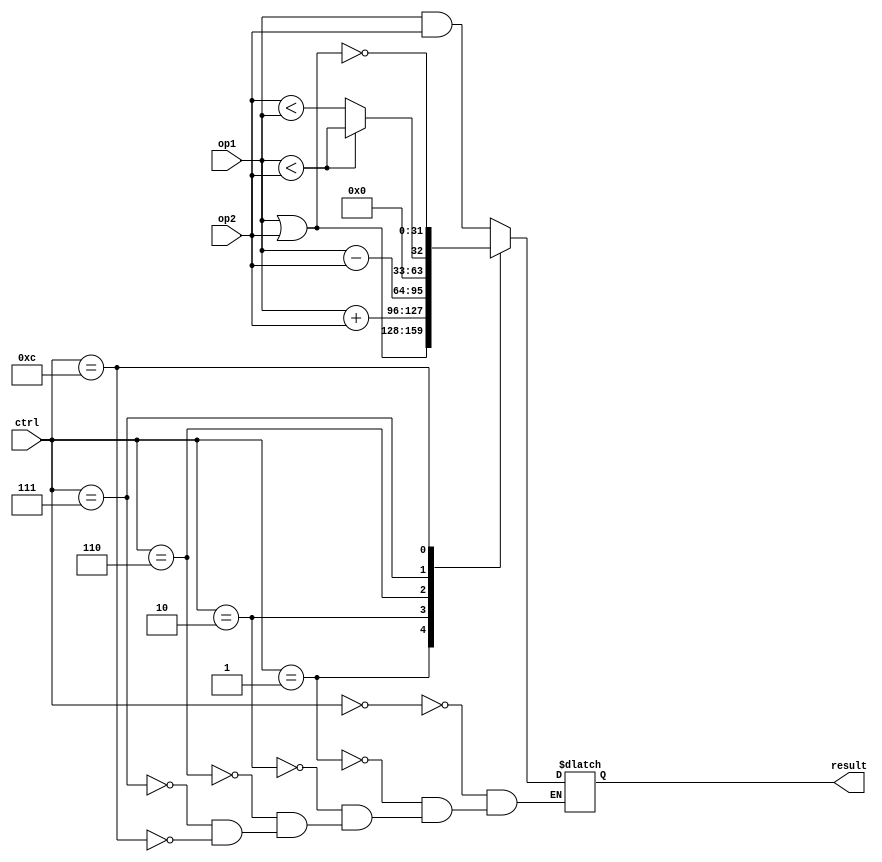
module alu(op1,op2,ctrl,result);

input [31:0] op1,op2;
input [3:0]  ctrl;
wire  [31:0] op1,op2;
wire  [3:0]  ctrl;
output[31:0] result;
reg   [31:0] result;

//

always@(op1 or op2 or ctrl)
begin

  case(ctrl)

  0: begin
		$display("and");
		result = op1 & op2;  // case 0 is for 0000 upcode for AND

	 end
  1: begin
		$display("or");
		result = op1 | op2;  // case 1 is for 0001 upcode for OR

	end
  2: begin
		$display("add");
		result = op1 + op2;  // case 2 is for 0010 upcode for add

	 end

  6: begin
		$display("subtract");
		result = op1 - op2;  // case 6 is for 0110 upcode for sub

	 end

  7:begin
		$display ("Set on Less Than");
		result = op1 < op2;  // case 7 is for 0111 upcode for slt
		if (!(op1<op2))
		result = op2 < op1;
	end

  12:begin
		$display ("NOR");
		result = ~(op1 | op2); // case 12 is for 1100 upcode for NOR
     end

  endcase

end

endmodule



module twotoonemux(input1,input2,sel,outputval);

input  [31:0] input1;
wire   [31:0] input1;
input  [31:0] input2;
wire   [31:0] input2;
input  		  sel;
wire   		  sel;
output [31:0] outputval;
wire   [31:0] outputval;

assign outputval = (sel) ? input1 : input2 ; // if not selecting input 1 then select input 2



endmodule

module registerfile(readReg1, readReg2, writeReg, writeData, regWrite, readData1, readData2 );

input [4:0]  readReg1;
wire  [4:0]  readReg1;
input [4:0]  readReg2;
wire  [4:0]  readReg2;
input [4:0]  writeReg;
wire  [4:0]  writeReg;
input [31:0] writeData;
wire  [31:0] writeData;
input		 regWrite;
wire         regWrite;
output[31:0] readData1;
reg  [31:0] readData1;
output[31:0] readData2;
reg  [31:0] readData2;

reg [31:0] registers [0:31]; // creating 32 registers of 32 bits

always @ (*)
     begin
	 readData1 = registers[readReg1];  // connect read data to the 32 registers of 32 bits
	 readData2 = registers[readReg2];  // and make them aware of the value of read registers
	 end
always @(posedge regWrite)
  registers[writeReg] <= writeData;

endmodule


module signextend(inputVal,outputVal);

input [15:0] inputVal;
wire  [15:0] inputVal;
output[31:0] outputVal;
wire  [31:0] outputVal;

assign outputVal = {{16{inputVal[15]}} , inputVal}; // 16 bit to 32 extension preserving the sign

endmodule


/*********************************************************************************************************************************************/

module test;

// initialize the ALU variables insude the testbench
reg [31:0] Op1, Op2;
reg [3:0] Ctrl;
wire [31:0] Result;

alu t_alu(Op1,Op2,Ctrl,Result);

// initialize the MUX in the testbench
reg [31:0] Input1,Input2;
reg Sel;
wire [31:0] Outputval;

twotoonemux t_mux( Input1, Input2, Sel, Outputval);

// initialize the RegisterFile in the testbench
reg  [4:0] ReadReg1 , ReadReg2 , WriteReg;
reg  [31:0] WriteData;
reg RegWrite;
wire [31:0] ReadData1,ReadData2;


registerfile t_regfile (ReadReg1, ReadReg2, WriteReg, WriteData, RegWrite, ReadData1, ReadData2 );

// initialize the signed extend in the testbench
reg [15:0] InputVal;
wire [31:0] OutputVal;

signextend t_signex (InputVal, OutputVal);


initial
begin
Ctrl = 0;
Op1  = 0;
Op2  = 0;
Sel  = 0;

Input1 = 0;
Input2 = 0;
ReadReg1 = 0;
ReadReg2 = 0;
WriteReg = 0;
WriteData = 0;
RegWrite = 0;
InputVal = 0;

end



initial
begin
// test the modules to see if there is a connection
// testing ALU
    #1 Ctrl = 0;
	#1 Op1  = 12;
	#1 Op2  = 11;
	#1 if (Ctrl == 0)
	   $display(" result = %d ", Result);
// testing MUX
	#1 Sel  = 1;
	   if (Sel==1)
	     begin
	     Input1 = 1;
		 $display("input1 = %d", Input1);
		 end
	   else
	     begin
         Input2 = 0;
		 $display("input2 = %d", Input2);
		 end
// testing 	registerfile

		#1 RegWrite = 1;

       if (RegWrite == 1)
         begin
			ReadReg1 = 15;
			ReadReg2 = 12;
			WriteReg = 10;
			WriteData =10;
			$display("1ReadData1 = %d , 1ReadData2 = %d ", ReadData1, ReadData2);
		 end
       else
          begin
			ReadReg1 = 0;
			ReadReg2 = 0;
			WriteReg = 0;
			WriteData = 0;
			$display("0ReadData1 = %d , 0ReadData2 = %d ", ReadData1, ReadData2);
          end

  // testing sign extend
	   	#1  InputVal = 16'b1000001111000000;
		    $display("outputVal = %b", OutputVal);





end

initial
begin
		$dumpfile("Data_Path.vcd");
		$dumpvars;
	end


endmodule